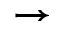
\rightarrow